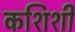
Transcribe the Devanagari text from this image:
कशिशी